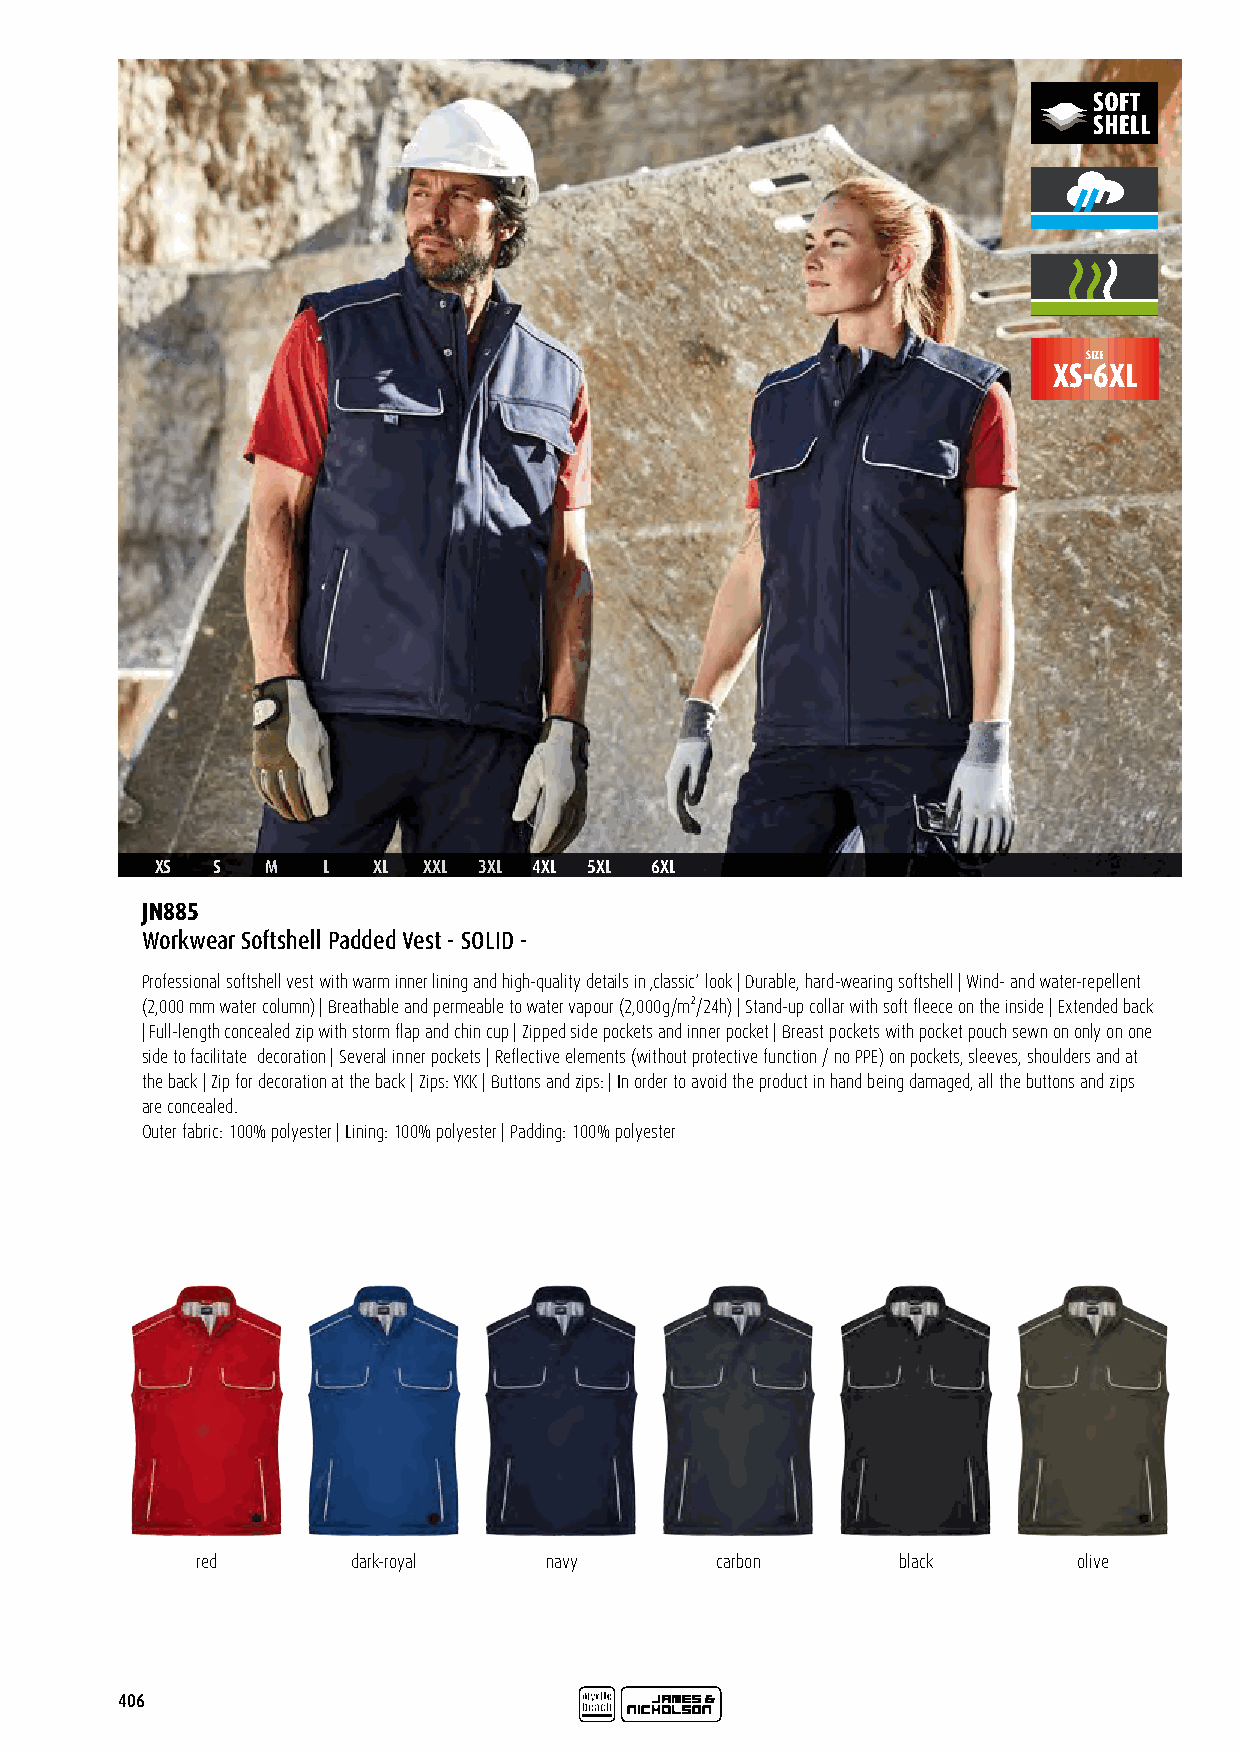
SIZE
 XS-6XL
 XS  S   M  L   XL XXL 3XL 4XL 5XL 6XL
 JN885
 Workwear Softshell Padded Vest - SOLID -
 Professional softshell vest with warm inner lining and high-quality details in ‚classic‘ look | Durable, hard-wearing softshell | Wind- and water-repellent
 (2,000 mm water column) | Breathable and permeable to water vapour (2,000g/m²/24h) | Stand-up collar with soft fleece on the inside | Extended back
 | Full-length concealed zip with storm flap and chin cup | Zipped side pockets and inner pocket | Breast pockets with pocket pouch sewn on only on one
 side to facilitate decoration | Several inner pockets | Reflective elements (without protective function / no PPE) on pockets, sleeves, shoulders and at
 the back | Zip for decoration at the back | Zips: YKK | Buttons and zips: | In order to avoid the product in hand being damaged, all the buttons and zips
 are concealed.
 Outer fabric: 100% polyester | Lining: 100% polyester | Padding: 100% polyester
 red       dark-royal   navy       carbon      black       olive
 406